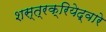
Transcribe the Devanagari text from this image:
शस्त्रक्रियेद्वारे